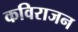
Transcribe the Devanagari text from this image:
कविराजन